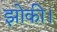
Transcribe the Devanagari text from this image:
झोकी।